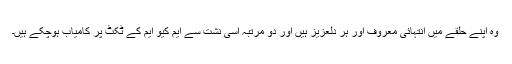
وہ اپنے حلقے میں انتہائی معروف اور ہر دلعزیز ہیں اور دو مرتبہ اسی نشت سے ایم کیو ایم کے ٹکٹ پر کامیاب ہوچکے ہیں۔